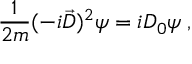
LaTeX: \frac { 1 } { 2 m } ( - i \vec { D } ) ^ { 2 } \psi = i D _ { 0 } \psi \; ,